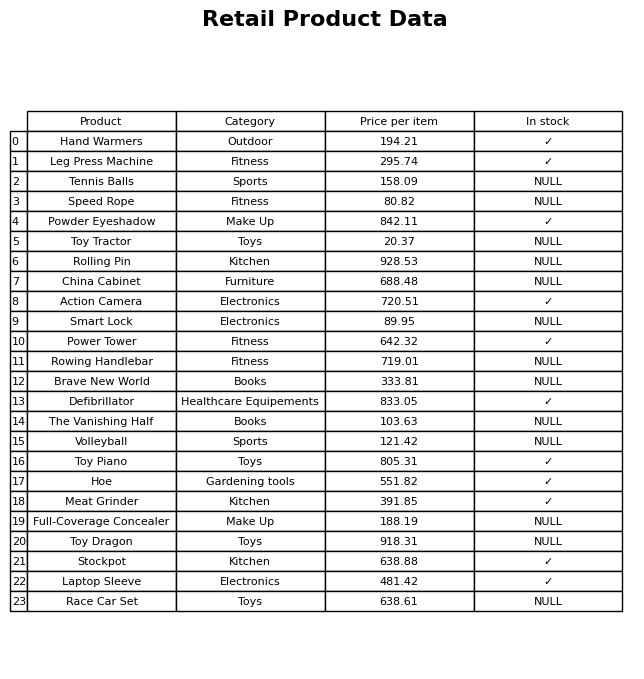
question: What is the price for Brave New World?
answer: The price of Brave New World is 333.81.